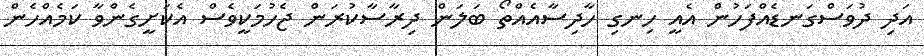
އަދި ދުވަސްގަނޑެއްފަހުން އެއީ ހިނގި ހާދިސާއެއްތޯ ބަލަން ދިރާސާކުރަން ޖެހުމަކީވެސް އެކަށީގެންވާ ކަމެއްހެން